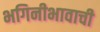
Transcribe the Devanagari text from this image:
भगिनीभावाची